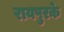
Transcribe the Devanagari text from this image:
रायपुरके